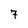
Character: 7